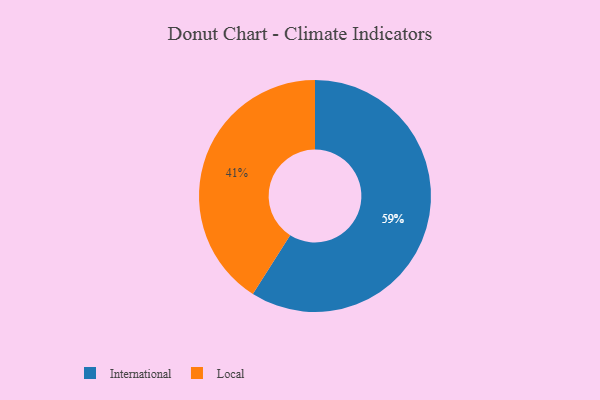
{"axis": {"x": "Category", "y": "Percentage"}, "legend": ["International", "Local"], "data": [{"x": "International", "y": 59, "type": "International"}, {"x": "Local", "y": 41, "type": "Local"}]}